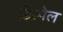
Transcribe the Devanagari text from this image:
डिस्पेल